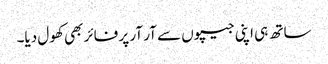
ساتھ ہی اپنی جیپوں سے آر آر پر فائر بھی کھول دیا۔